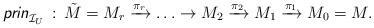
LaTeX: \begin{align*}\textit{\textsf{prin}}_{\mathcal{I}_U}\,:\,\tilde{M}=M_r\xrightarrow{\pi_r} \ldots\rightarrow M_2\xrightarrow{\pi_2} M_1\xrightarrow{\pi_1} M_0= M.\end{align*}